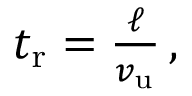
\begin{array} { r } { t _ { \mathrm { r } } = \frac { \ell } { v _ { \mathrm { u } } } \, , } \end{array}